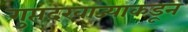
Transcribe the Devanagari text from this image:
गुप्तदरवाज्याकडून